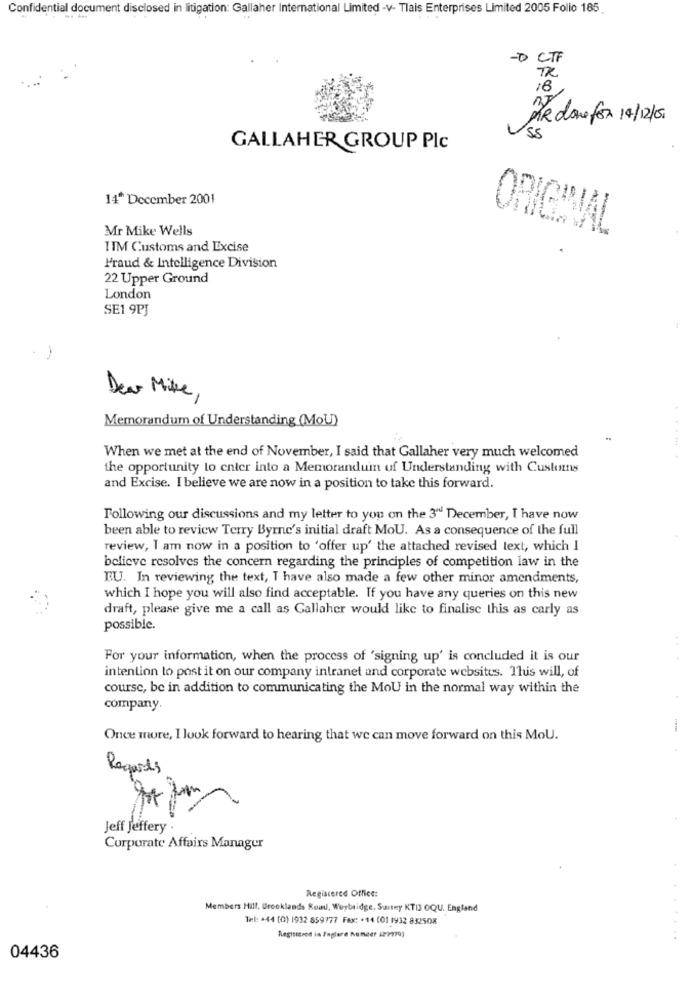
Confidential document disclosed in litigation: Gallaher International Limited -v- Tlais Enterprises Limited 2005 Folio 185
-D CTF
TR
PR done for 14/12/00
55
GALLAHER GROUP Plc
14* December 2001
Mr Mike Wells
ORIGINAL
I'M Customs and Excise
Fraud & Intelligence Division
22 Upper Ground
London
SE1 9PJ
Dear Mike,
Memorandum of Understanding (MOU)
When we met at the end of November, I said that Gallaher very much welcomed
......
the opportunity to enter into a Memoranduin of Understanding with Customns
and Excise. I believe we are now in a position to take this forward.
Following our discussions and my letter to you on the 3" December, I have now
been able to review Terry Byrne's initial draft MoU. As a consequence of the full
review, I am now in a position to 'offer up' the attached revised text, which I
believe resolves the concern regarding the principles of competition law in the
EU. In reviewing the text, I have also made a few other minor amendments,
which I hope you will also find acceptable. If you have any queries on this new
draft, please give me a call as Gallaher would like to finalise this as carly as
possible.
For your information, when the process of 'signing up' is concluded it is our
intention to post it on our company intranet and corporate websites. Thus will, of
course, be in addition to communicating the MoU in the normal way within the
company
Once more, I look forward to hearing that we can move forward on this MoU.
Regards
Jeff Jeffery
Corporate Affairs Manager
Registered Office:
Members Hill, Greeklands Road, Weybridge. Suney KTI3 OQU. England
Tel: +44 (0) 1932 859777 Fax: +44 (01 1932 832508
Registered in Faglere Numeer 127970)
04436